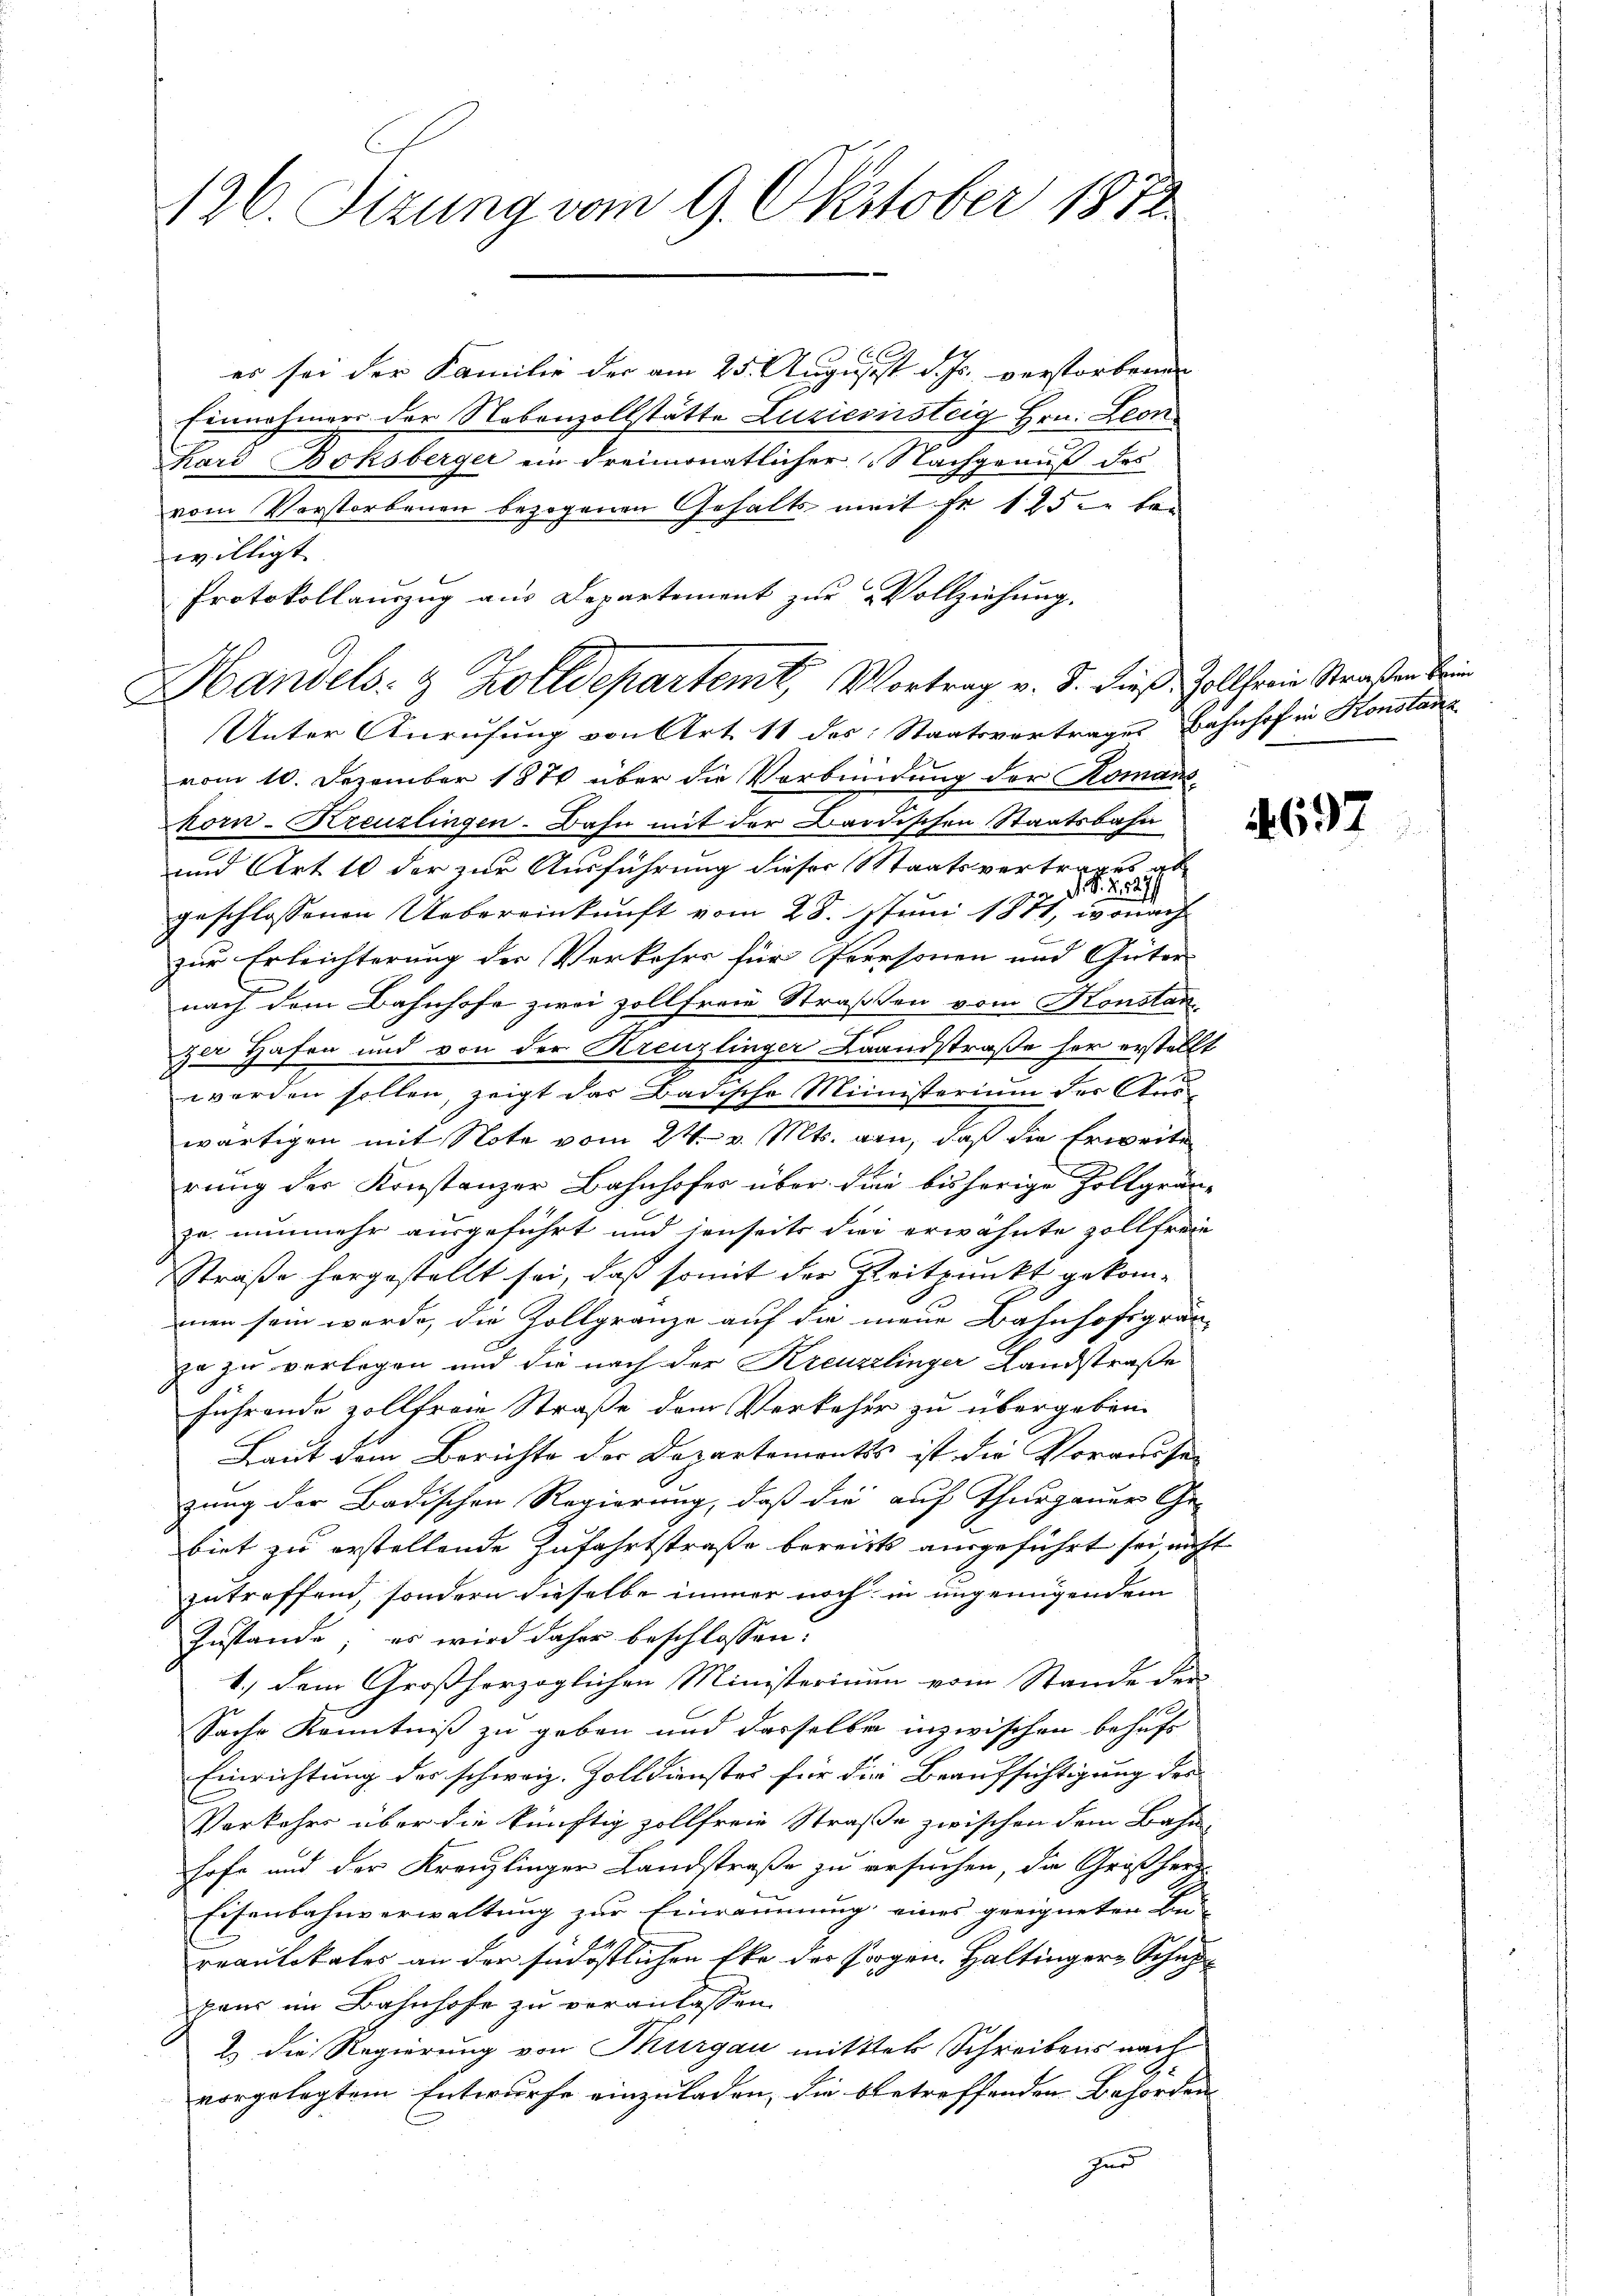
126. Sizung vom 9. Oktober 187

E
er sei der Familie der am 25. August d. Js. verstorbenen |
Einnahmers der Nebenzollstätte Luzicsirsteig Hrn. Leon
Kard Boksberger ein dreimonatlicher Nachgenuß des
vom Vorstorbenen bezogenen Gehalts- mit fr. 125 u. bei
willigt.
Unter Anrufung von Art. 11 des Staatsvertrages Bahnhof in Konsta
vom 10. Dezember 1874 über die Verbindung der Komanskorn-Kreuzlingen. Bahn mit der Badischen Staatsbahn
und Art. 10 der zur Ausführung dieser Staatsvertrages ab
J. P. R. 227/
r
geschlossenen Uebereinkunft vom 28. Juni 1811, wonach
zur Erleichterung der Verkehrs für Personen und Güter-
nach dem Bahnhofe zwei Zollfreie Straßen vom Konstan
zer Hafen und von der Kreuzlinger Laandstraße her erstellt
werden sollen, zeigt das Badische Ministerium der Auswärtigen mit Note vom 24. v. Mts. an, daß die Erweite
rung der Konstanzer Bahnhofes über die bisherige Zollgrünze nunmehr ausgeführt und jenseits die erwähnte zollfreie
Straße hergestellt sei, daß somit der Zeitpunkt gekommen sein werde, die Zollgränze auf die neue Bahnhofsgrän- |
ja zu verlegen und die nach der Kreuzelinger Landstraße
führende zollfreie Straße dem Verkehr zu übergeben.
Laut dem Berichte der Departements ist die Vorweise
zung der Badischen Regierung, daß die auf Thurgauer Ge-
biet zu erstellende Zufahrtstraße bereits ausgeführt sei, nicht
zutreffend, sondern dieselbe immer noch in ungenügendem
Zustande; es wird daher beschlossen:
1.) dem Großherzoglichen Ministerinum vom Stande der
Sache Kenntniß zu geben und dasselbe inzwischen behufs
Einrichtung der schweiz. Zolldienster für die Beaufsichtigung des
Vorkehrs über die künftig zollfreie Straße zwischen dem Bahn-
hofe und der Kranzlinger Landstraße zu ersuchen, die Großherz-
Eisenbahnverwaltung zur Einräumung eines geeigneten Bei-
reantikales an der südöstlichen Eke der sogen Haltinger Schuppans im Bahnhofe zu veranlassen.
2 die Regierung von Thurgau mittel Schreibens nach
vorgelegtem Entwurfe einzuladen, die betreffenden Behörden
zur

Protokollauszug aus Departement zur Vollziehung.
Handels- & Zolldepartemt, Vortrag v. J. dieß Holtherin Straßen¬

692